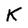
Character: K